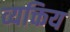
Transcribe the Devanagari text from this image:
व्यक्तिय